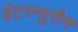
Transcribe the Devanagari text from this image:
इंटरन्युरौन